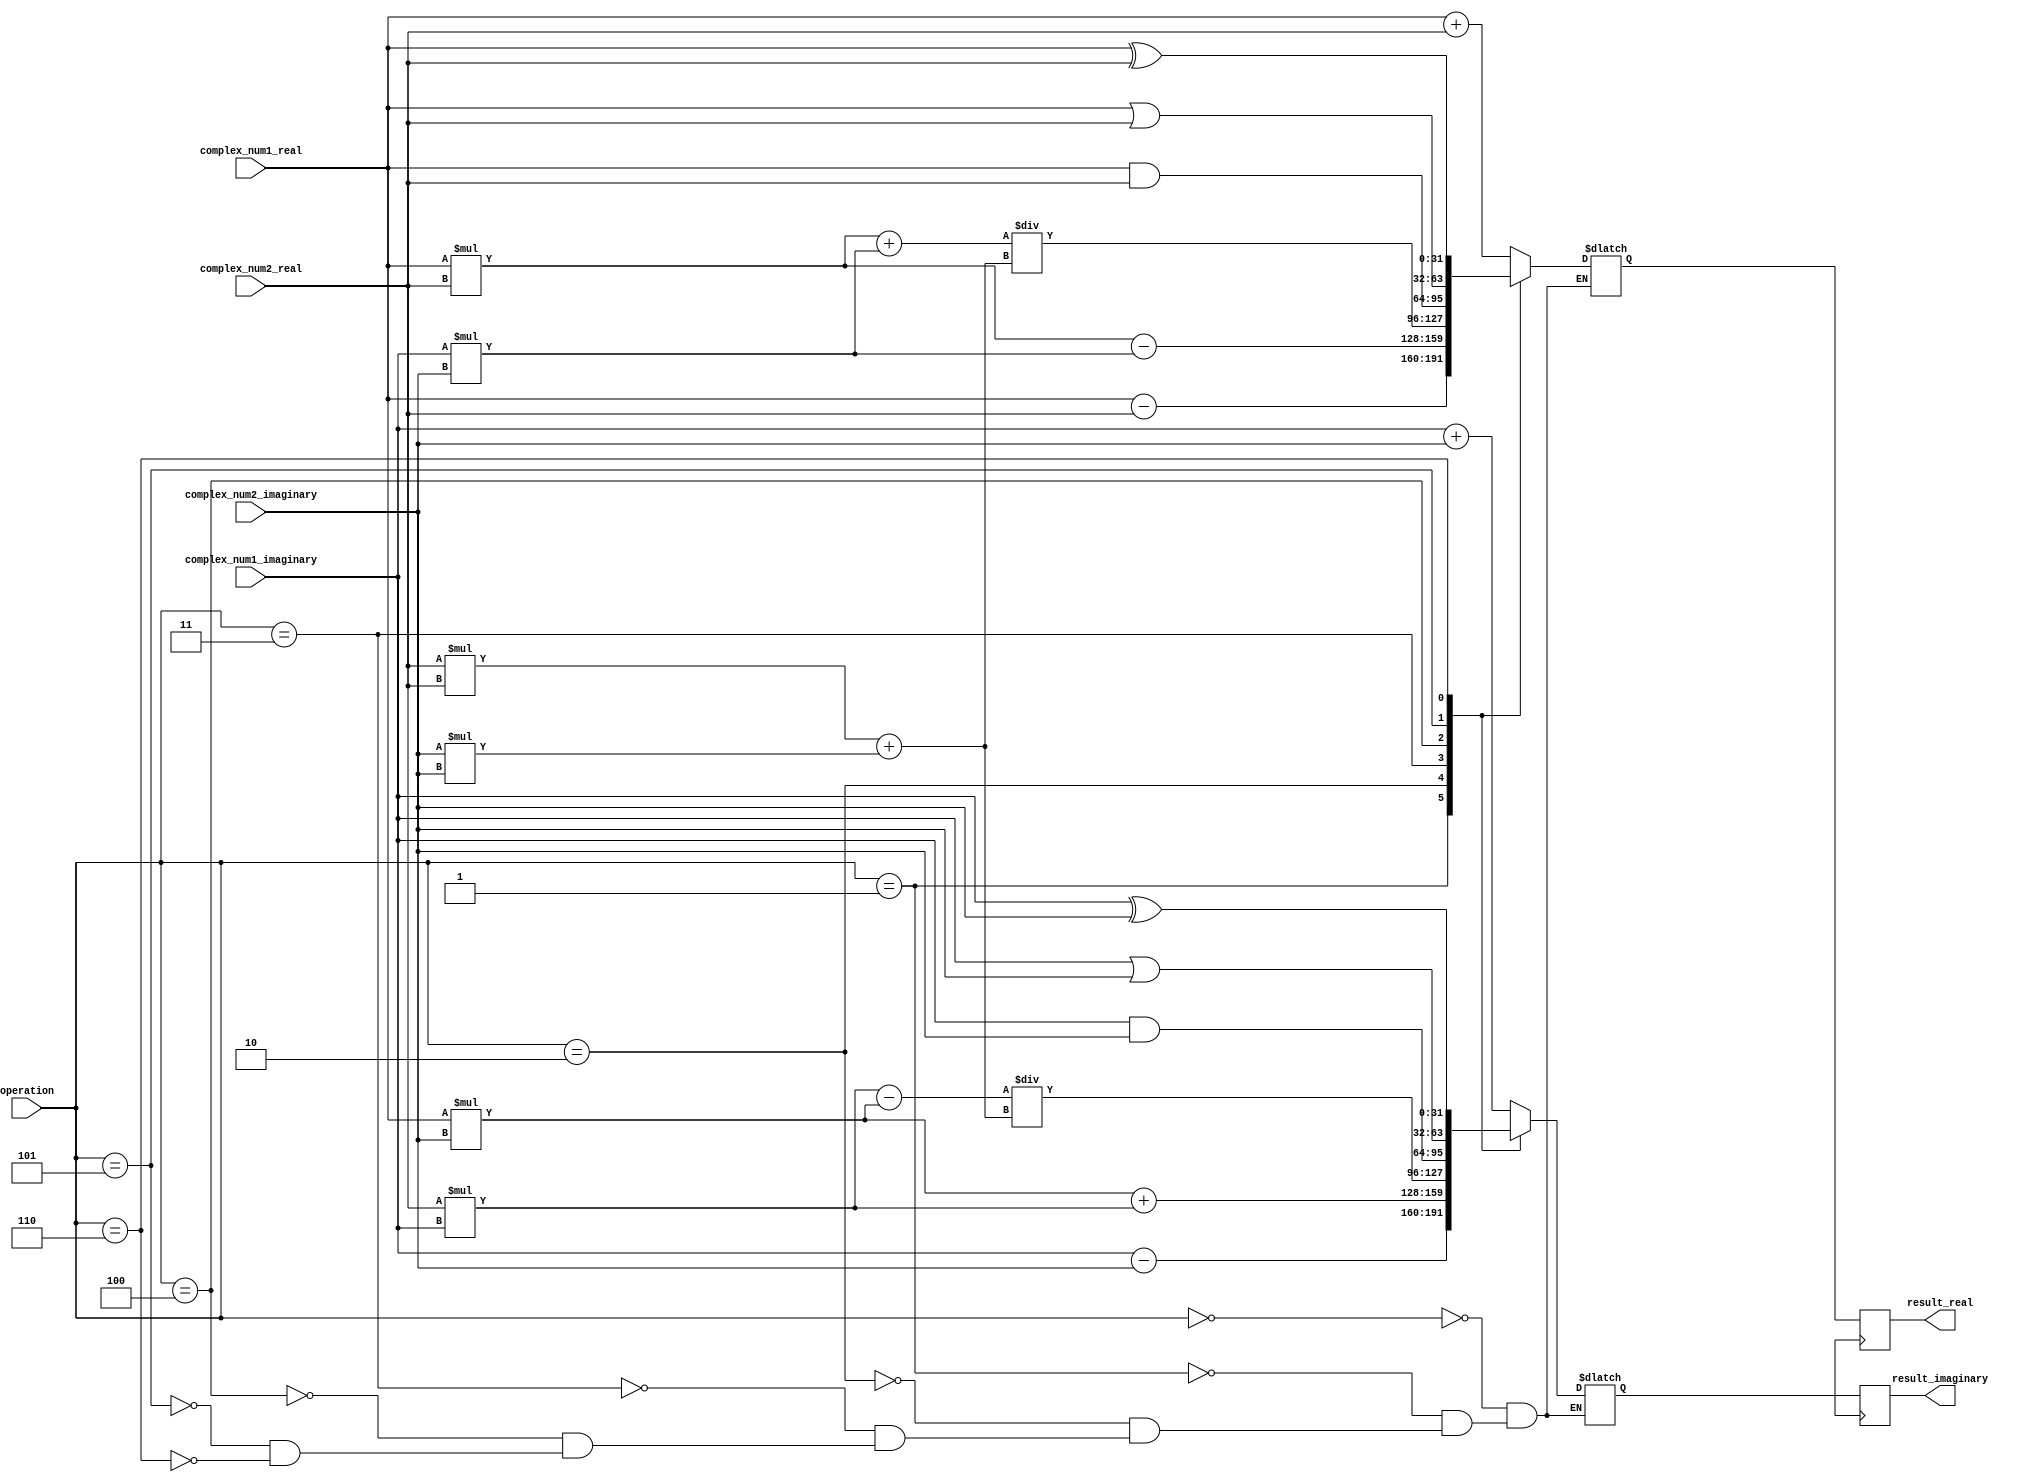
module Complex_ALU (
    input wire [31:0] complex_num1_real,
    input wire [31:0] complex_num1_imaginary,
    input wire [31:0] complex_num2_real,
    input wire [31:0] complex_num2_imaginary,
    input wire [2:0] operation,
    output reg [31:0] result_real,
    output reg [31:0] result_imaginary
);

reg [31:0] temp_real, temp_imaginary;

always @(*) begin
    case(operation)
        3'b000: begin // Addition
            temp_real = complex_num1_real + complex_num2_real;
            temp_imaginary = complex_num1_imaginary + complex_num2_imaginary;
        end
        3'b001: begin // Subtraction
            temp_real = complex_num1_real - complex_num2_real;
            temp_imaginary = complex_num1_imaginary - complex_num2_imaginary;
        end
        3'b010: begin // Multiplication
            temp_real = (complex_num1_real * complex_num2_real) - (complex_num1_imaginary * complex_num2_imaginary);
            temp_imaginary = (complex_num1_real * complex_num2_imaginary) + (complex_num2_real * complex_num1_imaginary);
        end
        3'b011: begin // Division
            temp_real = ((complex_num1_real * complex_num2_real) + (complex_num1_imaginary * complex_num2_imaginary)) / ((complex_num2_real*complex_num2_real) + (complex_num2_imaginary*complex_num2_imaginary));
            temp_imaginary = ((complex_num2_real * complex_num1_imaginary) - (complex_num1_real * complex_num2_imaginary)) / ((complex_num2_real*complex_num2_real) + (complex_num2_imaginary*complex_num2_imaginary));
        end
        3'b100: begin // Logical AND
            temp_real = complex_num1_real & complex_num2_real;
            temp_imaginary = complex_num1_imaginary & complex_num2_imaginary;
        end
        3'b101: begin // Logical OR
            temp_real = complex_num1_real | complex_num2_real;
            temp_imaginary = complex_num1_imaginary | complex_num2_imaginary;
        end
        3'b110: begin // Logical XOR
            temp_real = complex_num1_real ^ complex_num2_real;
            temp_imaginary = complex_num1_imaginary ^ complex_num2_imaginary;
        end
    endcase
end

always @(posedge clk) begin
    result_real <= temp_real;
    result_imaginary <= temp_imaginary;
end

endmodule